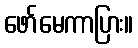
ဖော်မေကာပြား။